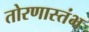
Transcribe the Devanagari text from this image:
तोरणास्तंभ